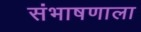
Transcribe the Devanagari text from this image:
संभाषणाला